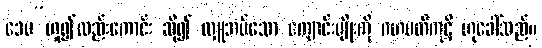
ဒေမ”ဟူ၍လည်းကောင်း ဆို၍ လှူအပ်သော ကျောင်းမျိုးကို ဂဟပတိကုဋိ ဟုခေါ်သည်။